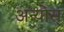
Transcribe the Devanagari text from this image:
अन्योस